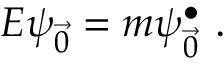
E \psi _ { \vec { 0 } } = m \psi _ { \vec { 0 } } ^ { \bullet } ~ .